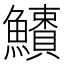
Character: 𩼱